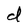
Character: d